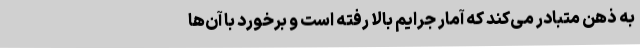
به ذهن متبادر می‌کند که آمار جرایم بالا رفته است و برخورد با آن‌ها